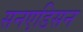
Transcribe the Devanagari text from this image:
सनएडिसन